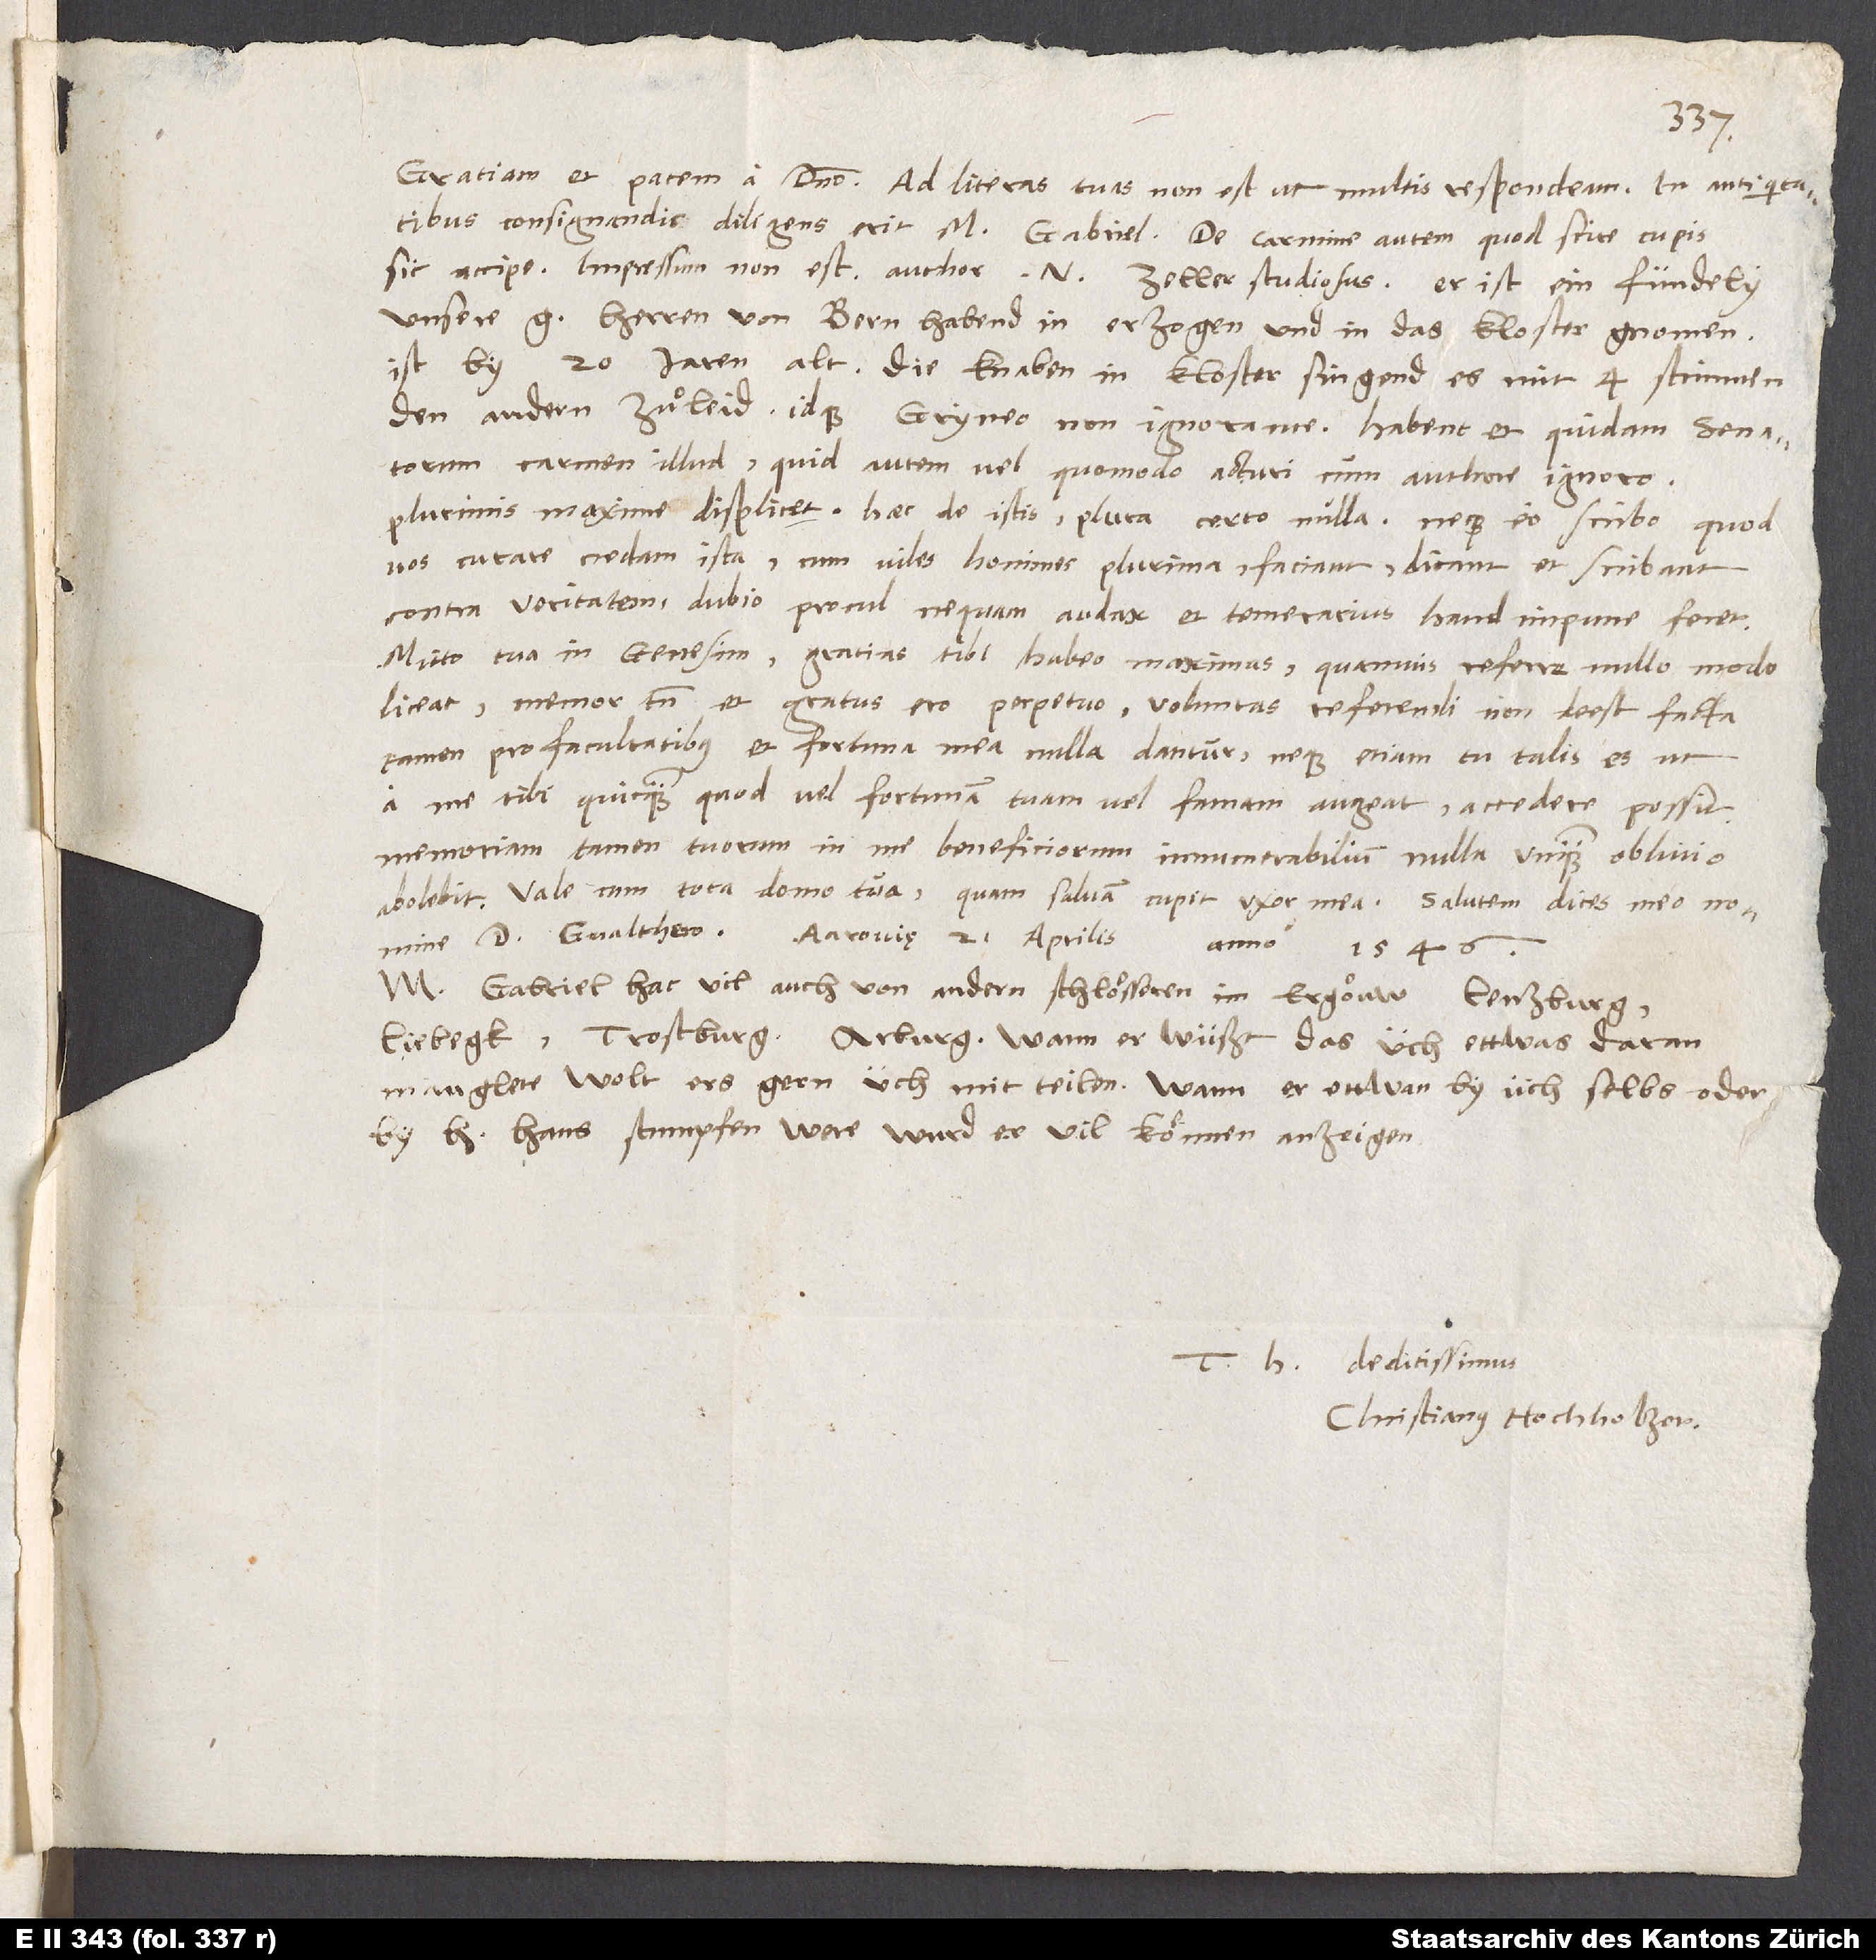
Gratiam et pacem a domino. Ad literas tuas non est, ut multis respondeam. In antiquitatibus
consignandis diligens erit m. Gabriel. De carmine autem quod scire cupis,
sic accipe: Impressum non est. Author nomine Zeller studiosus. Er ist ein fündely.
Unsere gnädigen herren von Bern habend in erzogen und in das kloster gnomen.
Ist by 20 jaren alt. Die knaben in kloster singend es mit 4 stimmen
den andern zuͦ leid, idque Gryneo non ignorante. Habent et quidam senatorum
carmen illud. Quid autem vel quomodo acturi cum authore, ignoro.
Plurimis maxime displicet. Haec de istis. Plura certo nulla, neque eo scribo, quod
vos curare credam ista, cum viles homines plurima faciant, dicant et scribant
contra veritatem. Dubio procul nequam audax et temerarius haud impune feret.
Mitto tua in Genesim. Gratias tibi habeo maximas. Quamvis referre nullo modo
liceat, memor tamen et gratus ero perpetuo. Voluntas referendi non deest; facta
tamen pro facultatibus et fortuna mea nulla dantur, neque etiam tu talis es, ut
a me tibi quicquam, quod vel fortunam tuam vel famam augeat, accedere possit.
Memoriam tamen tuorum in me beneficiorum innumerabilium nulla unquam oblivio
abolebit. Vale cum tota domo tua, quam salvam cupit uxor mea. Salutem dices meo nomine
d. Gvalthero. Aarovię, 21. aprilis
anno 1546.
M. Gabriel hat vil auch von andern schloͤsseren in Ergöuw: Lenzburg,
Liebegk, Trostburg, Arburg. Wann er wüßt, das üch ettwas daran
manglete, wolt ers gern üch mitteilen. Wann er ettwan by üch selbs oder
by h. Hans Stumpfen were, wurd er vil koͤnnen anzeigen.
deditissimus
Christianus Hochholzer.